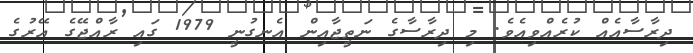
ދިރާސާއެއް ކުރެއްވިއެވެ. މި ދިރާސާގެ ނަތީޖާއިން އެނގުނީ 1979 ގައި ރާއްޖޭގެ އޭރުގެ